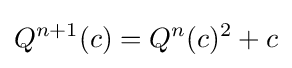
Q^{n+1}(c)=Q^{n}(c)^{2}+c